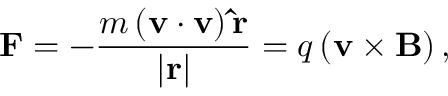
\mathbf { F } = - { \frac { m \left( \mathbf { v } \cdot { \mathbf { v } } \right) \mathbf { \hat { r } } } { \left| \mathbf { r } \right| } } = q \left( \mathbf { v } \times \mathbf { B } \right) , \,